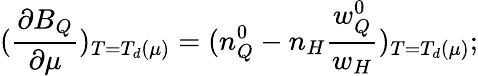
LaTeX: (\frac{\partial B_{Q}}{\partial\mu})_{T=T_{d}(\mu)}=(n_{Q}^{0}-n_{H}\frac{w_{Q}^{0}}{w_{H}})_{T=T_{d}(\mu)};